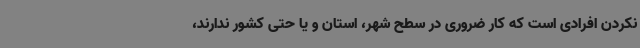
نکردن افرادی است که کار ضروری در سطح شهر، استان و یا حتی کشور ندارند،